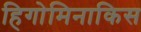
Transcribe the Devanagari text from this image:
हिगोमिनाकिस